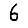
Digit: 6